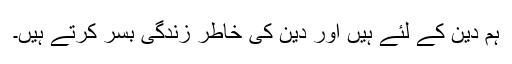
ہم دین کے لئے ہیں اور دین کی خاطر زندگی بسر کرتے ہیں۔